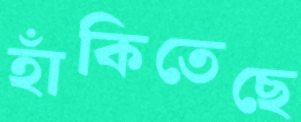
হাঁকিতেছে